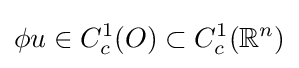
\phi u\in C_{c}^{1}(O)\subset C_{c}^{1}(\mathbb {R} ^{n})